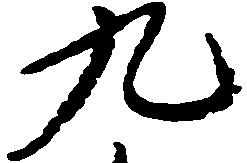
九